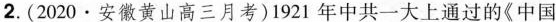
2.(2020·安徽黄山高三月考)1921年中共一大上通过的《中国